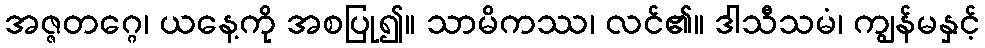
အဇ္ဇတဂ္ဂေ၊ ယနေ့ကို အစပြု၍။ သာမိကဿ၊ လင်၏။ ဒါသီသမံ၊ ကျွန်မနှင့်